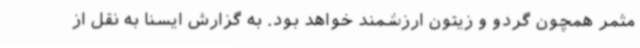
مثمر همچون گردو و زیتون ارزشمند خواهد بود. به گزارش ایسنا به نقل از